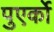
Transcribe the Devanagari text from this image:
पुएर्को